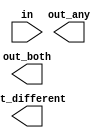
// You are given a four-bit input vector in[3:0]. 
//We want to know some relationships between each bit and its neighbour:

// out_both: Each bit of this output vector should indicate whether both the corresponding 
//input bit and its neighbour to the left (higher index) are '1'. For example, out_both[2] 
//should indicate if in[2] and in[3] are both 1. Since in[3] has no neighbour to the left, 
//the answer is obvious so we don't need to know out_both[3].
// out_any: Each bit of this output vector should indicate whether any of the corresponding 
// input bit and its neighbour to the right are '1'. For example, out_any[2] should indicate if either in[2] 
// or in[1] are 1. Since in[0] has no neighbour to the right, the answer is obvious so we don't need to know out_any[0].
// out_different: Each bit of this output vector should indicate whether the corresponding input bit 
// is different from its neighbour to the left. For example, out_different[2] should indicate if in[2] 
// is different from in[3]. For this part, treat the vector as wrapping around, so in[3]'s neighbour to the left is in[0].

//Hint: The both, any, and different outputs use two-input AND, OR, and XOR operations, respectively. 
//Using vectors, this can be done in 3 assign statements.

module top_module( 
    input [3:0] in,
    output [2:0] out_both,
    output [3:1] out_any,
    output [3:0] out_different );

    // Insert your cod here

endmodule